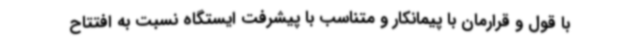
با قول و قرارمان با پیمانکار و متناسب با پیشرفت ایستگاه نسبت به افتتاح